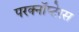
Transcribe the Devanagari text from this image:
परक्नॉप्टेरस